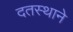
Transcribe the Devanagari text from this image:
दतस्थाने